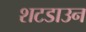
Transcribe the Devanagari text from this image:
शटडाउन